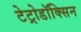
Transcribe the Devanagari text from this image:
टेट्रोडॉक्सिन